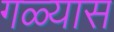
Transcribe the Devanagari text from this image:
गळ्यास